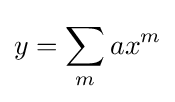
y=\sum _{m}^{}ax^{m}